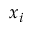
x _ { i }